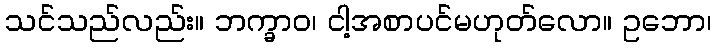
သင်သည်လည်း။ ဘက္ခာဝ၊ ငါ့အစာပင်မဟုတ်လော။ ဥဘော၊